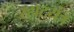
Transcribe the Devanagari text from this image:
रहाटयंत्र